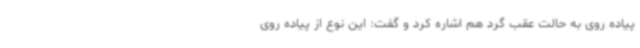
پیاده روی به حالت عقب گرد هم اشاره کرد و گفت: این نوع از پیاده روی